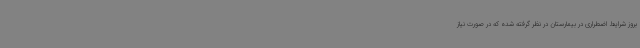
بروز شرایط اضطراری در بیمارستان در نظر گرفته‌ شده که در صورت نیاز